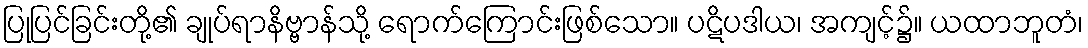
ပြုပြင်ခြင်းတို့၏ ချုပ်ရာနိဗ္ဗာန်သို့ ရောက်ကြောင်းဖြစ်သော။ ပဋိပဒါယ၊ အကျင့်၌။ ယထာဘူတံ၊